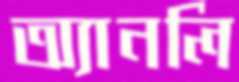
অ্যানলি